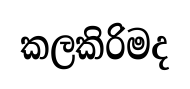
කලකිරිමද